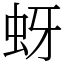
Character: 蚜